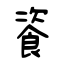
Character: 餈